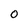
Character: 0